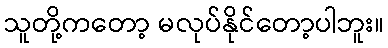
သူတို့ကတော့ မလုပ်နိုင်တော့ပါဘူး။